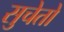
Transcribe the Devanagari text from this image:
सुचेतो